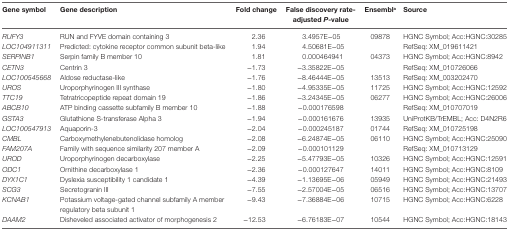
<table><thead><tr><td><b>Gene symbol</b></td><td><b>Gene description</b></td><td><b>Fold change</b></td><td><b>False discovery rate-adjusted <i>P</i>-value</b></td><td><b>Ensembl<sup>a</sup></b></td><td><b>Source</b></td></tr></thead><tbody><tr><td><i>RUFY3</i></td><td>RUN and FYVE domain containing 3</td><td>2.36</td><td>3.4957E−05</td><td>09878</td><td>HGNC Symbol; Acc:HGNC:30285</td></tr><tr><td><i>LOC104911311</i></td><td>Predicted: cytokine receptor common subunit beta-like</td><td>1.94</td><td>4.50681E−05</td><td></td><td>RefSeq: XM_019611421</td></tr><tr><td><i>SERPINB1</i></td><td>Serpin family B member 10</td><td>1.81</td><td>0.000464941</td><td>04373</td><td>HGNC Symbol; Acc:HGNC:8942</td></tr><tr><td><i>CETN3</i></td><td>Centrin 3</td><td>−1.73</td><td>−3.35822E−05</td><td></td><td>RefSeq: XM_010726066</td></tr><tr><td><i>LOC100545668</i></td><td>Aldose reductase-like</td><td>−1.76</td><td>−8.46444E−05</td><td>13513</td><td>RefSeq: XM_003202470</td></tr><tr><td><i>UROS</i></td><td>Uroporphyrinogen III synthase</td><td>−1.80</td><td>−4.95335E−05</td><td>11725</td><td>HGNC Symbol; Acc:HGNC:12592</td></tr><tr><td><i>TTC19</i></td><td>Tetratricopeptide repeat domain 19</td><td>−1.86</td><td>−3.24345E−05</td><td>06277</td><td>HGNC Symbol; Acc:HGNC:26006</td></tr><tr><td><i>ABCB10</i></td><td>ATP binding cassette subfamily B member 10</td><td>−1.88</td><td>−0.000176598</td><td></td><td>RefSeq: XM_010707019</td></tr><tr><td><i>GSTA3</i></td><td>Glutathione S-transferase Alpha 3</td><td>−1.94</td><td>−0.000161676</td><td>13935</td><td>UniProtKB/TrEMBL; Acc: D4N2R6</td></tr><tr><td><i>LOC100547913</i></td><td>Aquaporin-3</td><td>−2.04</td><td>−0.000245187</td><td>01744</td><td>RefSeq: XM_010725198</td></tr><tr><td><i>CMBL</i></td><td>Carboxymethylenebutenolidase homolog</td><td>−2.08</td><td>−6.24874E−05</td><td>06110</td><td>HGNC Symbol; Acc:HGNC:25090</td></tr><tr><td><i>FAM207A</i></td><td>Family with sequence similarity 207 member A</td><td>−2.09</td><td>−0.000101129</td><td></td><td>RefSeq: XM_010713129</td></tr><tr><td><i>UROD</i></td><td>Uroporphyrinogen decarboxylase</td><td>−2.25</td><td>−5.47793E−05</td><td>10326</td><td>HGNC Symbol; Acc:HGNC:12591</td></tr><tr><td><i>ODC1</i></td><td>Ornithine decarboxylase 1</td><td>−2.36</td><td>−0.000127647</td><td>14011</td><td>HGNC Symbol; Acc:HGNC:8109</td></tr><tr><td><i>DYX1C1</i></td><td>Dyslexia susceptibility 1 candidate 1</td><td>−4.39</td><td>−1.13695E−06</td><td>05949</td><td>HGNC Symbol; Acc:HGNC:21493</td></tr><tr><td><i>SCG3</i></td><td>Secretogranin III</td><td>−7.55</td><td>−2.57004E−05</td><td>06516</td><td>HGNC Symbol; Acc:HGNC:13707</td></tr><tr><td><i>KCNAB1</i></td><td>Potassium voltage-gated channel subfamily A member regulatory beta subunit 1</td><td>−9.43</td><td>−7.36884E−06</td><td>10715</td><td>HGNC Symbol; Acc:HGNC:6228</td></tr><tr><td><i>DAAM2</i></td><td>Disheveled associated activator of morphogenesis 2</td><td>−12.53</td><td>−6.76183E−07</td><td>10544</td><td>HGNC Symbol; Acc:HGNC:18143</td></tr></tbody></table>